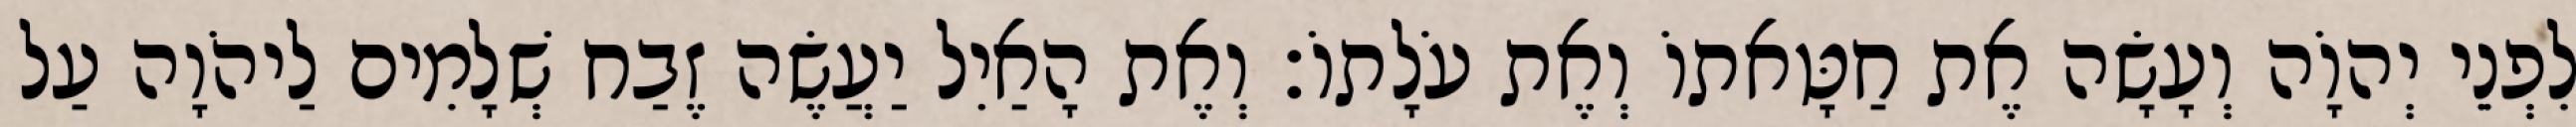
לִפְנֵי יְהוָֹה וְעָשָׂה אֶת חַטָּאתוֹ וְאֶת עֹלָתוֹ׃ וְאֶת הָאַיִל יַעֲשֶׂה זֶבַח שְׁלָמִים לַיהֹוָה עַל